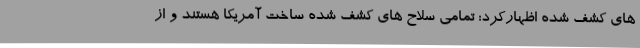
های کشف شده اظهارکرد: تمامی سلاح های کشف شده ساخت آمریکا هستند و از